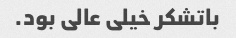
باتشکر خیلی عالی بود.